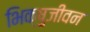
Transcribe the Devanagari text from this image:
भिक्षुजीवन